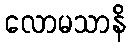
လောမသာနိ